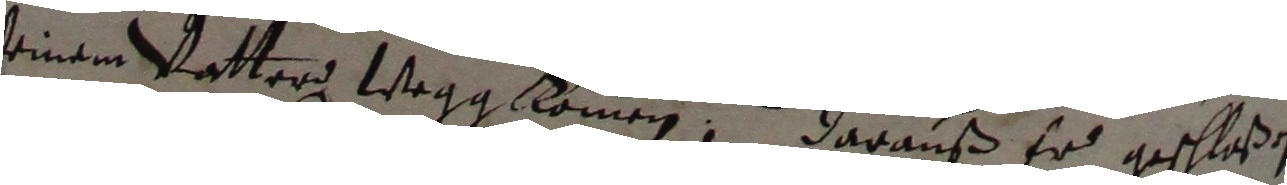
seinem vatter wegg kommen, darauß er geschiken